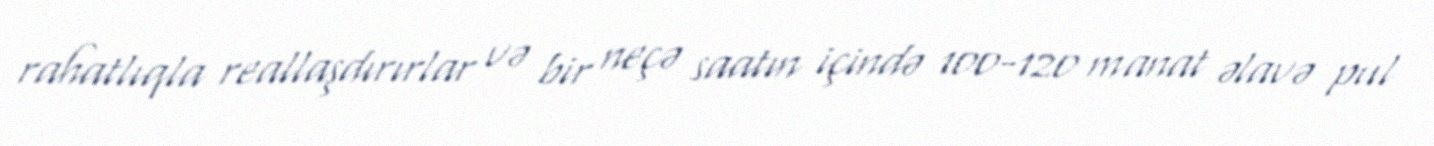
rahatlıqla reallaşdırırlar və bir neçə saatın içində 100-120 manat əlavə pul